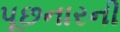
પૂછનારની